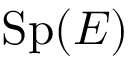
\operatorname { S p } ( E )